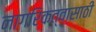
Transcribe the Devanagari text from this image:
नागरिकत्वासाठी